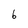
Character: 6